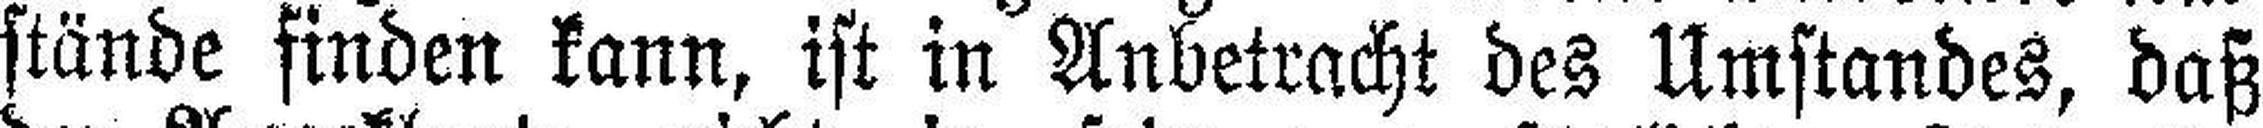
stände finden kann, ist in Anbetracht des Umstandes, daß